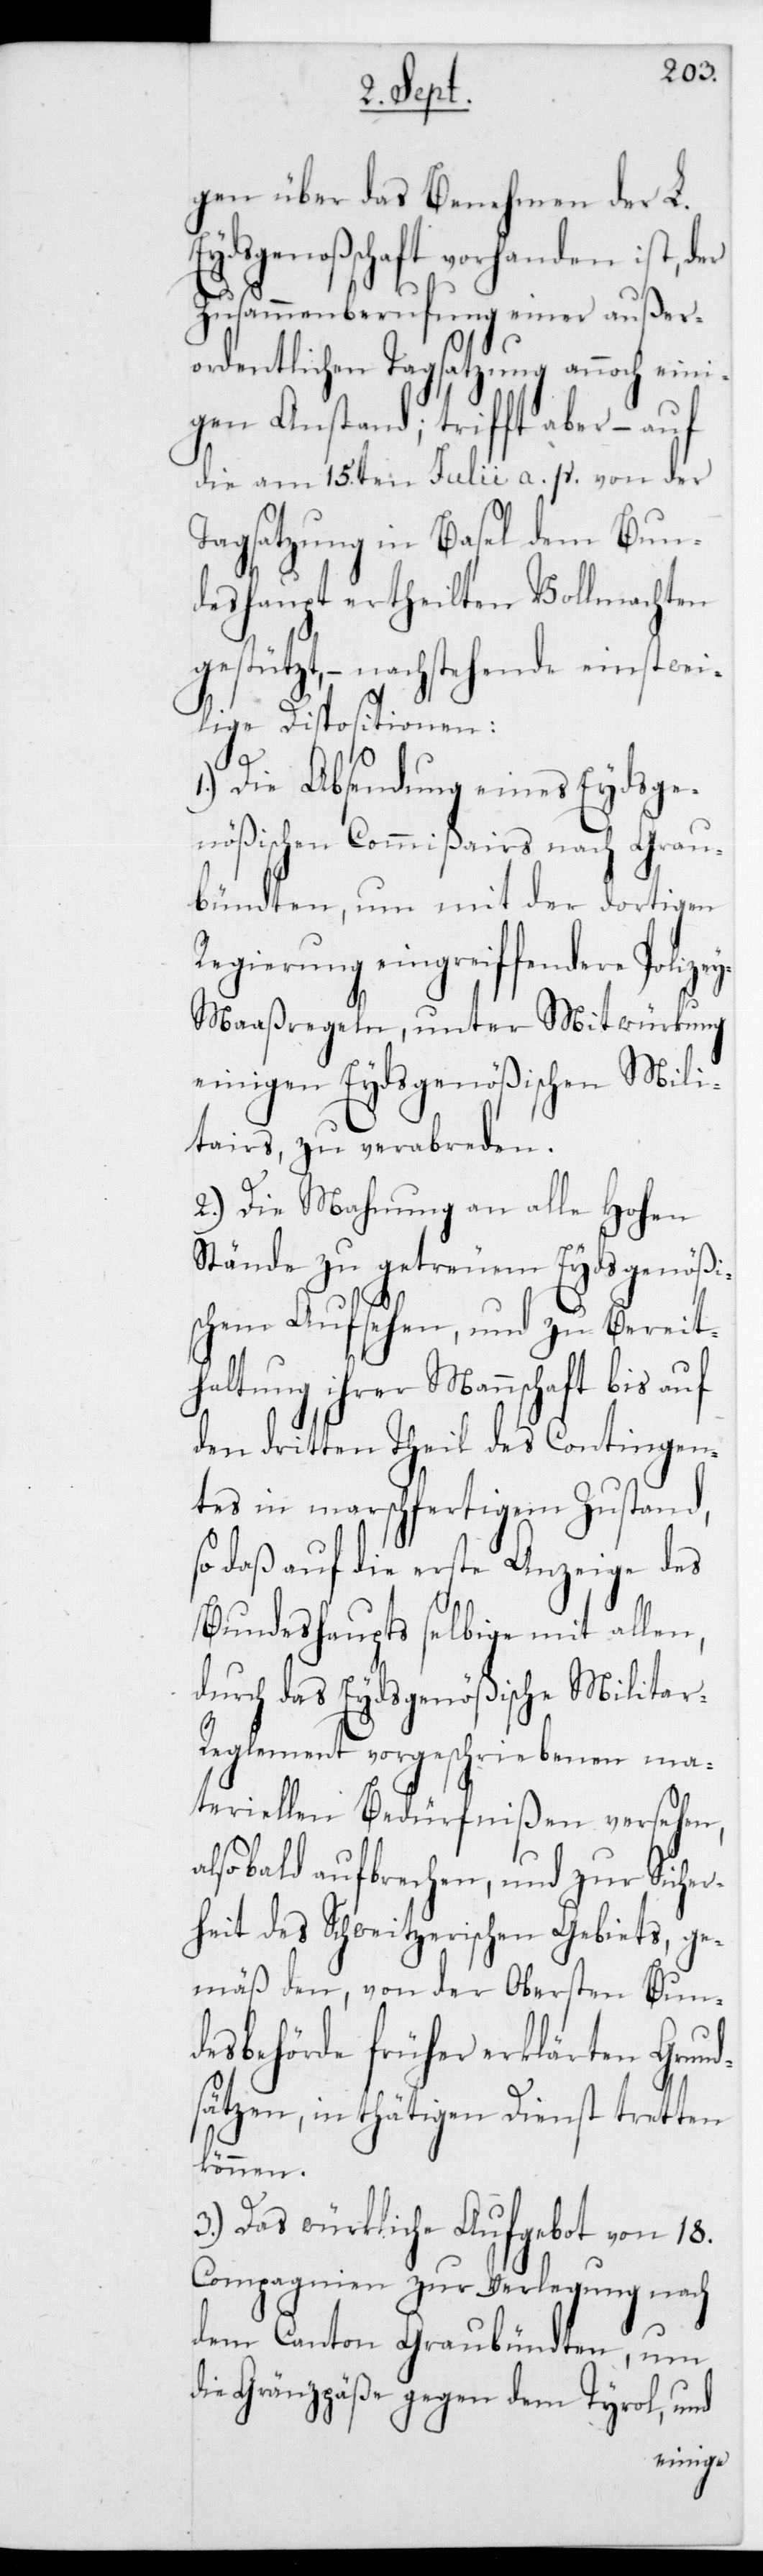
gen über das Benehmen der L.
Eydsgenoßenschaft vorhanden ist, der
Zusammenberufung einer außer¬
ordentlichen Tagsatzung annoch eini¬
gen Anstand; trifft aber – auf
die am 15ten Julii a. p. von der
Tagsatzung in Basel dem Bun¬
deshaupt ertheilten Vollmachten
gestützt, – nachstehende einstwei¬
lige Dispositionen:
1.) Die Absendung eines Eydsge¬
nößischen Commißairs nach Grau¬
bündten, um mit der dortigen
Regierung eingreiffendere
y-Maaßregeln, unter Mitwürkung
einigen Eydsgenößischen Mili¬
tars, zu verabreden.
2.) Die Mahnung an alle Hohen
Stände zu getreuem Eydsgenößi¬
schen Aufsehen, und zu Bereit¬
haltung ihrer Mannschaft bis auf
den dritten Theil des Contingen¬
tes in marschfertigem Zustand,
so daß auf die erste Anzeige des
Bundeshaupts selbige mit allen,
durch das Eydsgenößische Milita¬
r-Reglement vorgeschriebenen ma¬
teriellen Bedürfnißen versehen,
alsobald aufbrechen, und zur Sicher¬
heit des Schweizerischen Gebiets, ge¬
mäß den, von der Obersten Bun¬
desbehörde früher erklärten Grund¬
sätzen, in thätigen Dienst tretten
können.
3.) Das würkliche Aufgebot von 18
Compagnien zur Verlegung nach
dem Canton Graubündten, um
die Grenzpäße gegen dem Tyrol, und
Polize¬